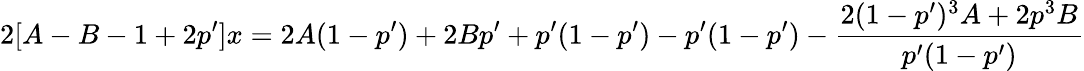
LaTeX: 2[A-B-1+2p^{\prime}]x=2A(1-p^{\prime})+2Bp^{\prime}+p^{\prime}(1-p^{\prime})-p^{\prime}(1-p^{\prime})-\frac{2(1-p^{\prime})^{3}A+2p^{3}B}{p^{\prime}(1-p^{\prime})}